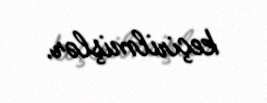
keçirilmişlər.